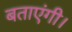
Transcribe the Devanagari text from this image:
बताएंगी।